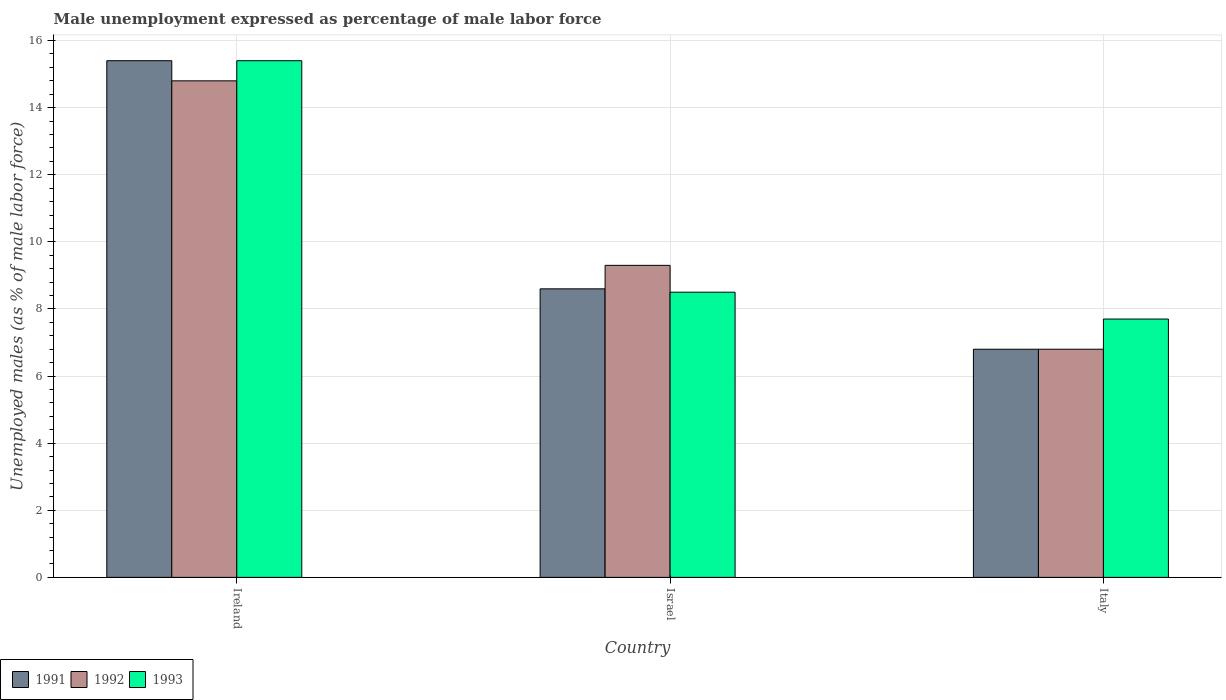
| Country | 1991 | 1992 | 1993 |
 | --- | --- | --- | --- |
 | Ireland | 15.4 | 14.8 | 15.4 |
 | Israel | 8.6 | 9.3 | 8.5 |
 | Italy | 6.8 | 6.8 | 7.7 |